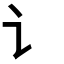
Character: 讠